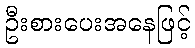
ဦးစားပေးအနေဖြင့်